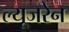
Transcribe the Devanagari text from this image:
ल्यूजरेन